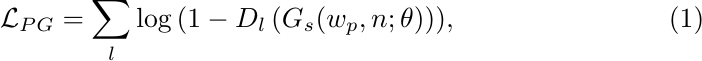
\begin{align}
    \mathcal{L}_{PG} = \sum_{l} \log \left(1-D_l\left(
    G_s(w_p, n; \theta\right)\right)) ,
\end{align}